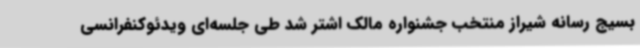
بسیج رسانه شیراز منتخب جشنواره مالک اشتر شد طی جلسه‌ای ویدئوکنفرانسی